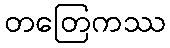
တတြေကဿ